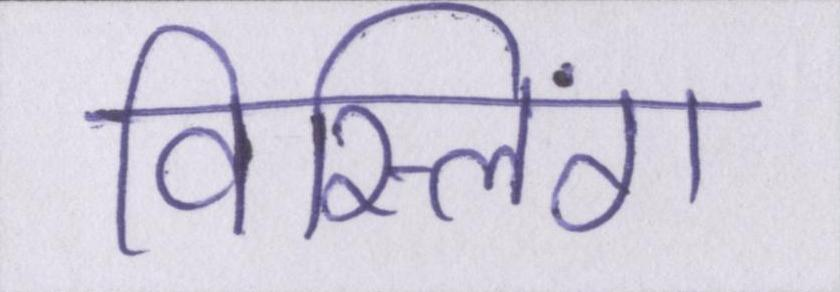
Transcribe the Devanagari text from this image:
विस्लिंग